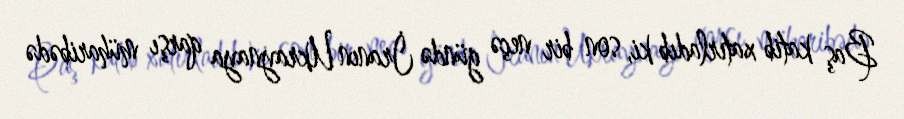
Baş katib xatırladıb ki, son bir neçə gündə İranın Ukraynaya qarşı müharibədə